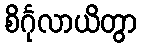
စိင်္ဂုလာယိတွာ